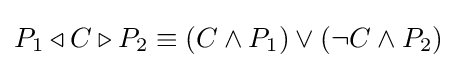
P_{1}\triangleleft C\triangleright P_{2}\equiv (C\land P_{1})\lor (\lnot C\land P_{2})